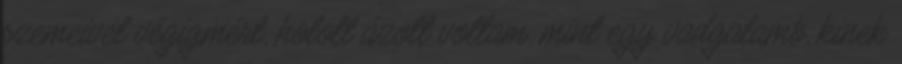
szemeivel végigmért, holott ázott voltam, mint egy vadgalamb, kinek